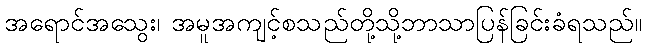
အရောင်အသွေး၊ အမူအကျင့်စသည်တို့သို့ဘာသာပြန်ခြင်းခံရသည်။